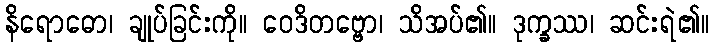
နိရောဓော၊ ချုပ်ခြင်းကို။ ဝေဒိတဗ္ဗော၊ သိအပ်၏။ ဒုက္ခဿ၊ ဆင်းရဲ၏။